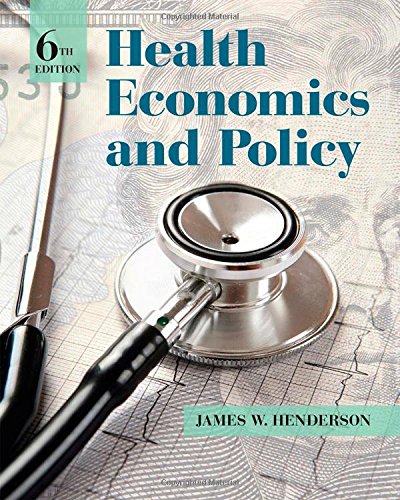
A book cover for Health Economics and Policy; James W. Henderson; Medical Books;